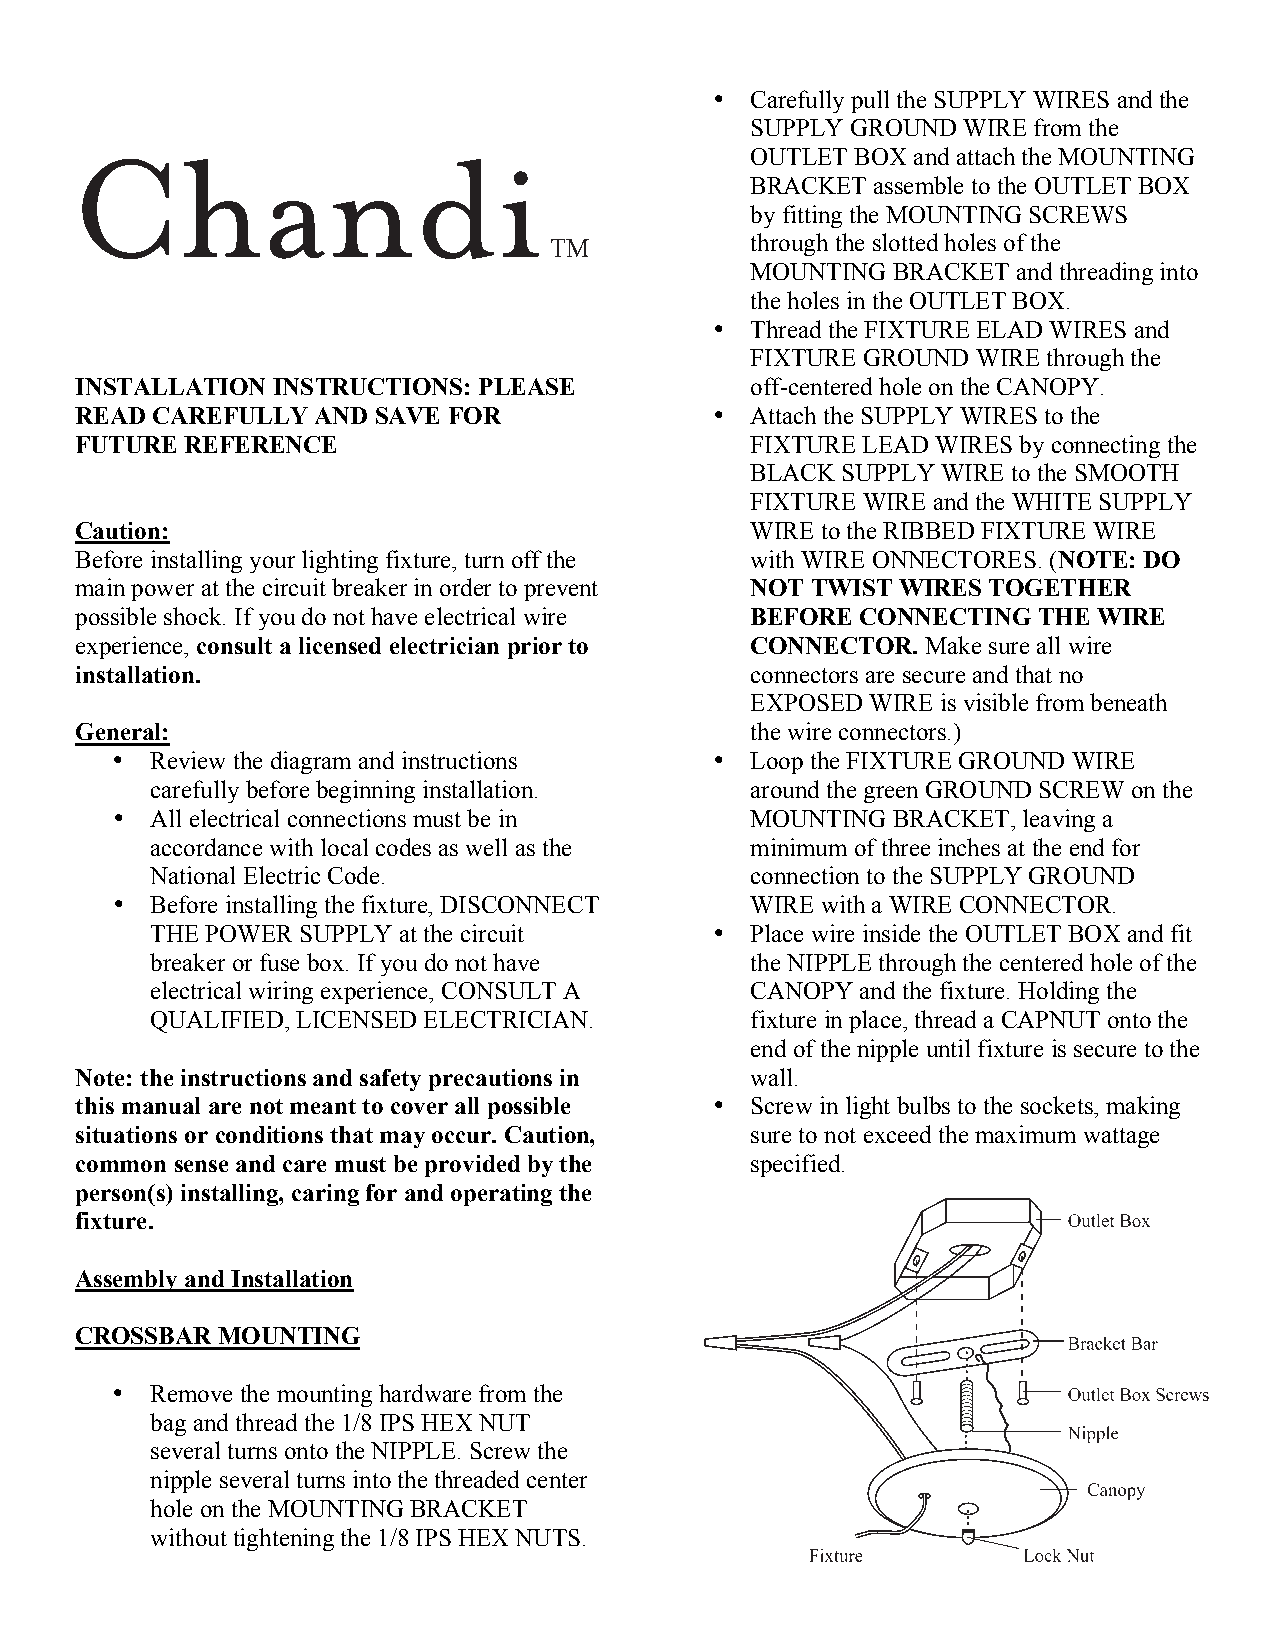
•  Carefully pull the SUPPLY WIRES and the
 SUPPLY GROUND WIRE from the
 Chandi
 OUTLET BOX and attach the MOUNTING
 BRACKET assemble to the OUTLET BOX
 by fitting the MOUNTING SCREWS
 TM            through the slotted holes of the
 MOUNTING BRACKET and threading into
 the holes in the OUTLET BOX.
 •  Thread the FIXTURE ELAD WIRES and
 FIXTURE GROUND WIRE through the
 INSTALLATION INSTRUCTIONS: PLEASE            off-centered hole on the CANOPY.
 READ CAREFULLY  AND SAVE FOR              •  Attach the SUPPLY WIRES to the
 FUTURE REFERENCE                             FIXTURE LEAD WIRES by connecting the
 BLACK SUPPLY WIRE to the SMOOTH
 FIXTURE WIRE and the WHITE SUPPLY
 Caution:                                     WIRE to the RIBBED FIXTURE WIRE
 Before installing your lighting fixture, turn off the with WIRE ONNECTORES. (NOTE: DO
 main power at the circuit breaker in order to prevent NOT TWIST WIRES TOGETHER
 possible shock. If you do not have electrical wire BEFORE CONNECTING THE WIRE
 experience, consult a licensed electrician prior to CONNECTOR. Make sure all wire
 installation.                                connectors are secure and that no
 EXPOSED WIRE is visible from beneath
 General:                                     the wire connectors.)
 •  Review the diagram and instructions  •  Loop the FIXTURE GROUND WIRE
 carefully before beginning installation. around the green GROUND SCREW on the
 •  All electrical connections must be in   MOUNTING BRACKET, leaving a
 accordance with local codes as well as the minimum of three inches at the end for
 National Electric Code.                 connection to the SUPPLY GROUND
 •  Before installing the fixture, DISCONNECT WIRE with a WIRE CONNECTOR.
 THE POWER SUPPLY at the circuit      •  Place wire inside the OUTLET BOX and fit
 breaker or fuse box. If you do not have the NIPPLE through the centered hole of the
 electrical wiring experience, CONSULT A CANOPY and the fixture. Holding the
 QUALIFIED, LICENSED ELECTRICIAN.        fixture in place, thread a CAPNUT onto the
 end of the nipple until fixture is secure to the
 Note: the instructions and safety precautions in wall.
 this manual are not meant to cover all possible • Screw in light bulbs to the sockets, making
 situations or conditions that may occur. Caution, sure to not exceed the maximum wattage
 common sense and care must be provided by the specified.
 person(s) installing, caring for and operating the •
 fixture.
 Assembly and Installation
 CROSSBAR MOUNTING
 •  Remove the mounting hardware from the
 bag and thread the 1/8 IPS HEX NUT
 several turns onto the NIPPLE. Screw the
 nipple several turns into the threaded center
 hole on the MOUNTING BRACKET
 without tightening the 1/8 IPS HEX NUTS.